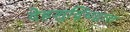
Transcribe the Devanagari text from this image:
देहशुद्धिद्वारा